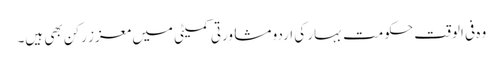
وہ فی الوقت حکومت بہار کی اردو مشاورتی کمیٹی میں معزز رکن بھی ہیں۔